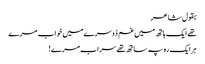
بقول شاعر
تھے ایک ہاتھ میں غم دُوسرے میں خواب مرے
ہرایک رہ پہ ساتھ تھے سراب مرے!